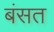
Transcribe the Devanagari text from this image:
बंसत